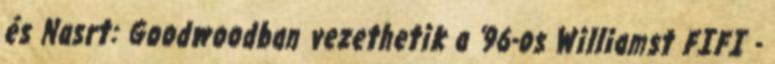
és Nasrt: Goodwoodban vezethetik a '96-os Williamst FIFI -